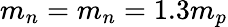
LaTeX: m_{n}=m_{n}=1.3m_{p}